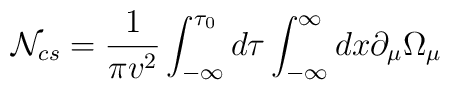
{\cal N}_{cs} = \frac{1}{\pi v^2} \int_{-\infty}^{\tau_0} d \tau                \int_{-\infty}^{\infty} d x \partial_{\mu}                \Omega_{\mu}